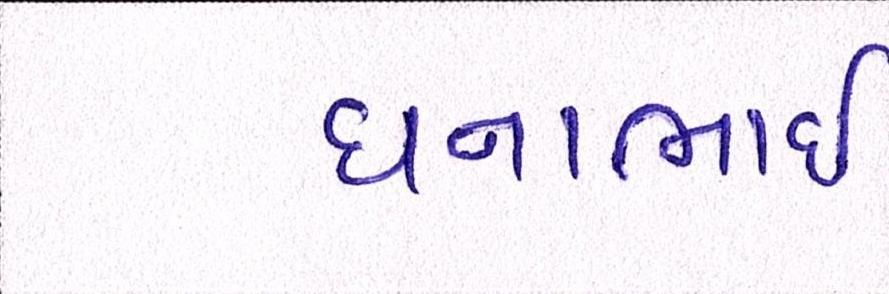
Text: ધનાભાઇ